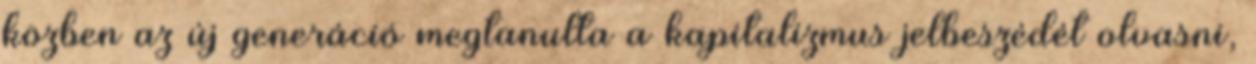
közben az új generáció megtanulta a kapitalizmus jelbeszédét olvasni,